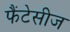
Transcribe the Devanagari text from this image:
फैंटेसीज